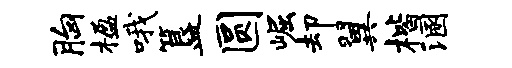
胸楹哦簋圆崛却翼楷溷